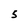
Character: 5